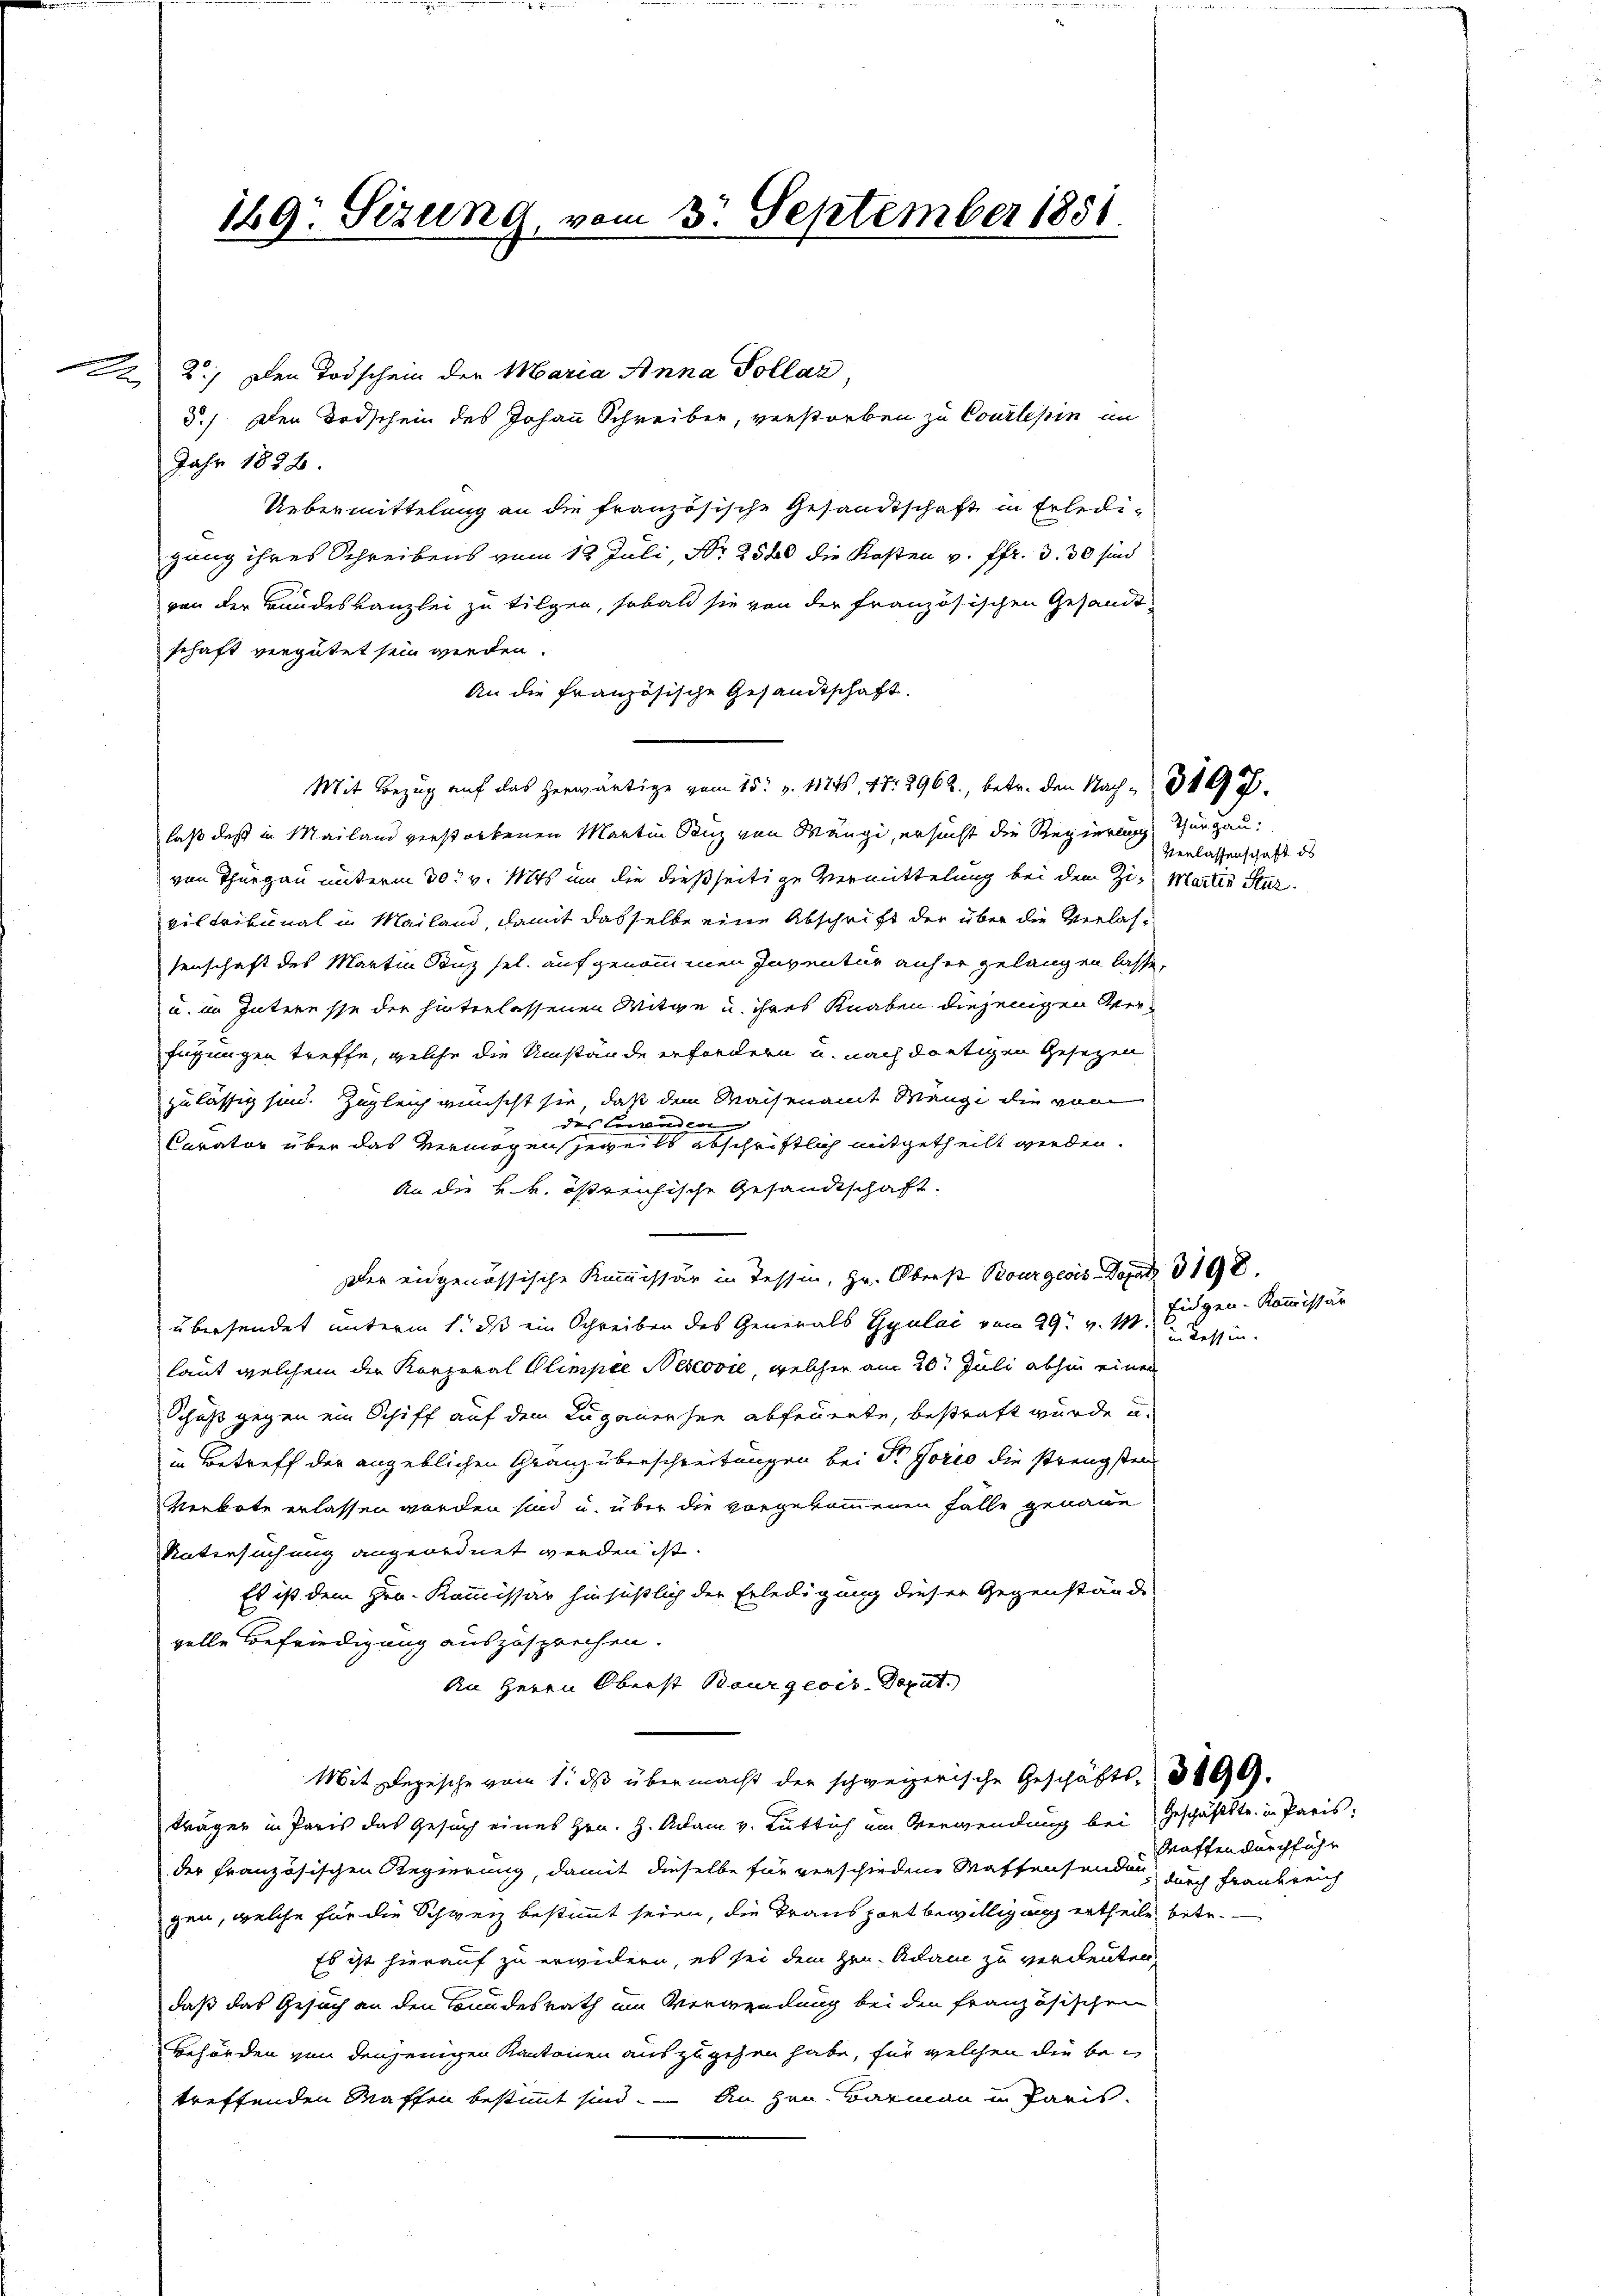
A

129. Sizung, vom 3. September 1851.

2.) Den Todschein der Maria Anna Pollar
5.) Den Todschein des Johann Schreiber, verstorben zu Courtessin im
Jahr 1888.
Uebermittelung an die französische Gesandtschaft in Erledigung ihres Schreibens vom 18. Juli, Nr. 2580 die Kosten v. Pfr. 3. 30 sind
von der Bundeskanzlei zu tilgen, sobald sie von der französischen Gesandtschaft vergütet sein werden.
An die Französische Gesandtschaft.
Mit Bezug auf das herwärtige vom 15. v. 1174. 41. 2962., betr. den Nach " 319 f.
laß daß in Mailand verstorbenen Martin Sanz von Mänge, ersucht die Regierung, Thurgau.
von Thurgau unterm 30t v. Mts. um die dießseitige Vermittelung bei dem Zi- Martin Starviltribunal in Mailand, damit dasselbe eine Abschrift der über die Verlassenschaft des Martin Tanz sel. aufgenommenen Inventur anher gelangen lasse,
u. im Interesse der hinterlassenen Mitge u. ihres Knaben diejenigen Verfügungen treffe, welche die Umstände erfordern u. nach dortigen Gesetzen
zulässig sind. Zugleich wünscht sie, daß dem Waisenamt Mänge die von
des Herrenden
Curator über das Vermögensseweils abschriftlich mitgetheilt werden.
An die k.k. östreichische Gesandtschaft.
Der eidgenössische Kommissär in Tessin, Hr. Oberst Bourgeois Dopad 3198.
übersendet unterm 1. ds ein Schreiben des Generals Gyulai vom 29. v. M. Tessin
laut welchem der Korporal Glimpee Nescović, welcher am 20. Juli abhin einen
Schuß gegen ein Schiff auf dem Luganersee abfeuerte, bestraft wurde u.
in Betreff der angeblichen Granz überschreitungen bei der Gorio die strengsten
Verbote erlassen worden sind u. über die vorgekommenen Fälle genaue
Untersuchung angeordnet werden ist.
Es ist dem Hrn. Kommissär hinsißlich der Erledigung dieser Gegenstände
velle Befriedigung auszusprechen.
An Herrn Oberst Bourgeois-Deput.
Mit Depesche vom 1. ds übermacht der schweizerische Geschäfts- 100.
träger in Paris das Gesuch eines Hrn. H. Adam v. Lüttich im Verwendung bei Geschäftstr. in Paris,
der französischen Regierung, damit dieselbe für verschiedene Waffensenden, auch Frankreich
gen, welche für die Schweiz bestimmt seien, die Transport bewilligung ertheile betr.
Es ist hierauf zu erwidern, es sei dem Hrn. Adam zu verdeuten
daß das Gesuch an den Bundesrath am Verwendung bei den französischen
Behörden von denjenigen Kantonen auszugehen habe, für welchen die betreffenden Waffen bestimmt sind. – An Hrn. Barmann in Paris.

Verlassenschaft ds

Eidgen-Kommissär

Maffendurchführ